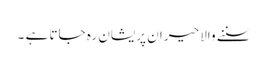
سننے والا حیران پریشان رہ جاتا ہے ۔